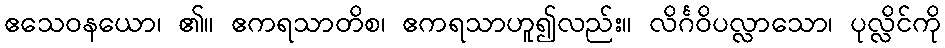
ဧသေဝနယော၊ ၏။ ဧကရသာတိစ၊ ဧကရသာဟူ၍လည်း။ လိင်္ဂဝိပလ္လာသော၊ ပုလ္လိင်ကို